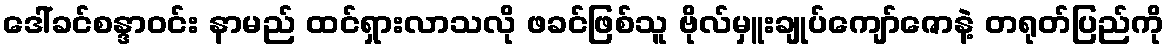
ဒေါ်ခင်စန္ဒာဝင်း နာမည် ထင်ရှားလာသလို ဖခင်ဖြစ်သူ ဗိုလ်မှူးချုပ်ကျော်ဇောနဲ့ တရုတ်ပြည်ကို